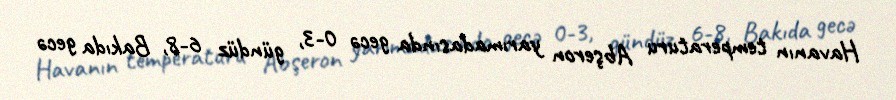
Havanın temperaturu Abşeron yarımadasında gecə 0-3, gündüz 6-8, Bakıda gecə